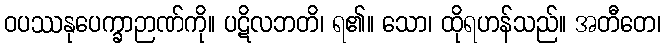
ဝပဿနုပေက္ခာဉာဏ်ကို။ ပဋိလဘတိ၊ ရ၏။ သော၊ ထိုရဟန်သည်။ အတီတေ၊